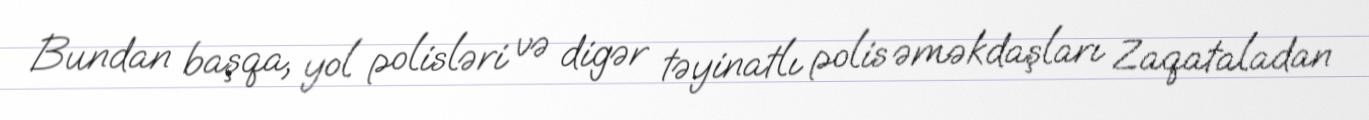
Bundan başqa, yol polisləri və digər təyinatlı polis əməkdaşları Zaqataladan